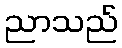
ညာသည်